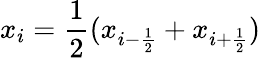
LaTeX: x_{i}=\frac{1}{2}(x_{i-\frac{1}{2}}+x_{i+\frac{1}{2}})